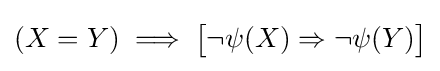
(X=Y)\implies {\bigl [}\neg \psi (X)\Rightarrow \neg \psi (Y){\bigr ]}